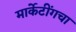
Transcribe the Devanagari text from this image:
मार्केटींगचा